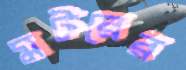
মটরের